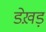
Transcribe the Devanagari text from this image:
डेख़ड़